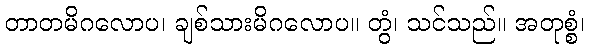
တာတမိဂလောပ၊ ချစ်သားမိဂလောပ။ တွံ၊ သင်သည်။ အတုစ္စံ၊